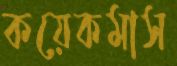
কয়েকমাস